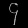
Digit: ၄